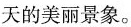
天的美丽景象。